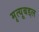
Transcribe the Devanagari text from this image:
मृत्यूबद्दल